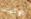
الإثبات